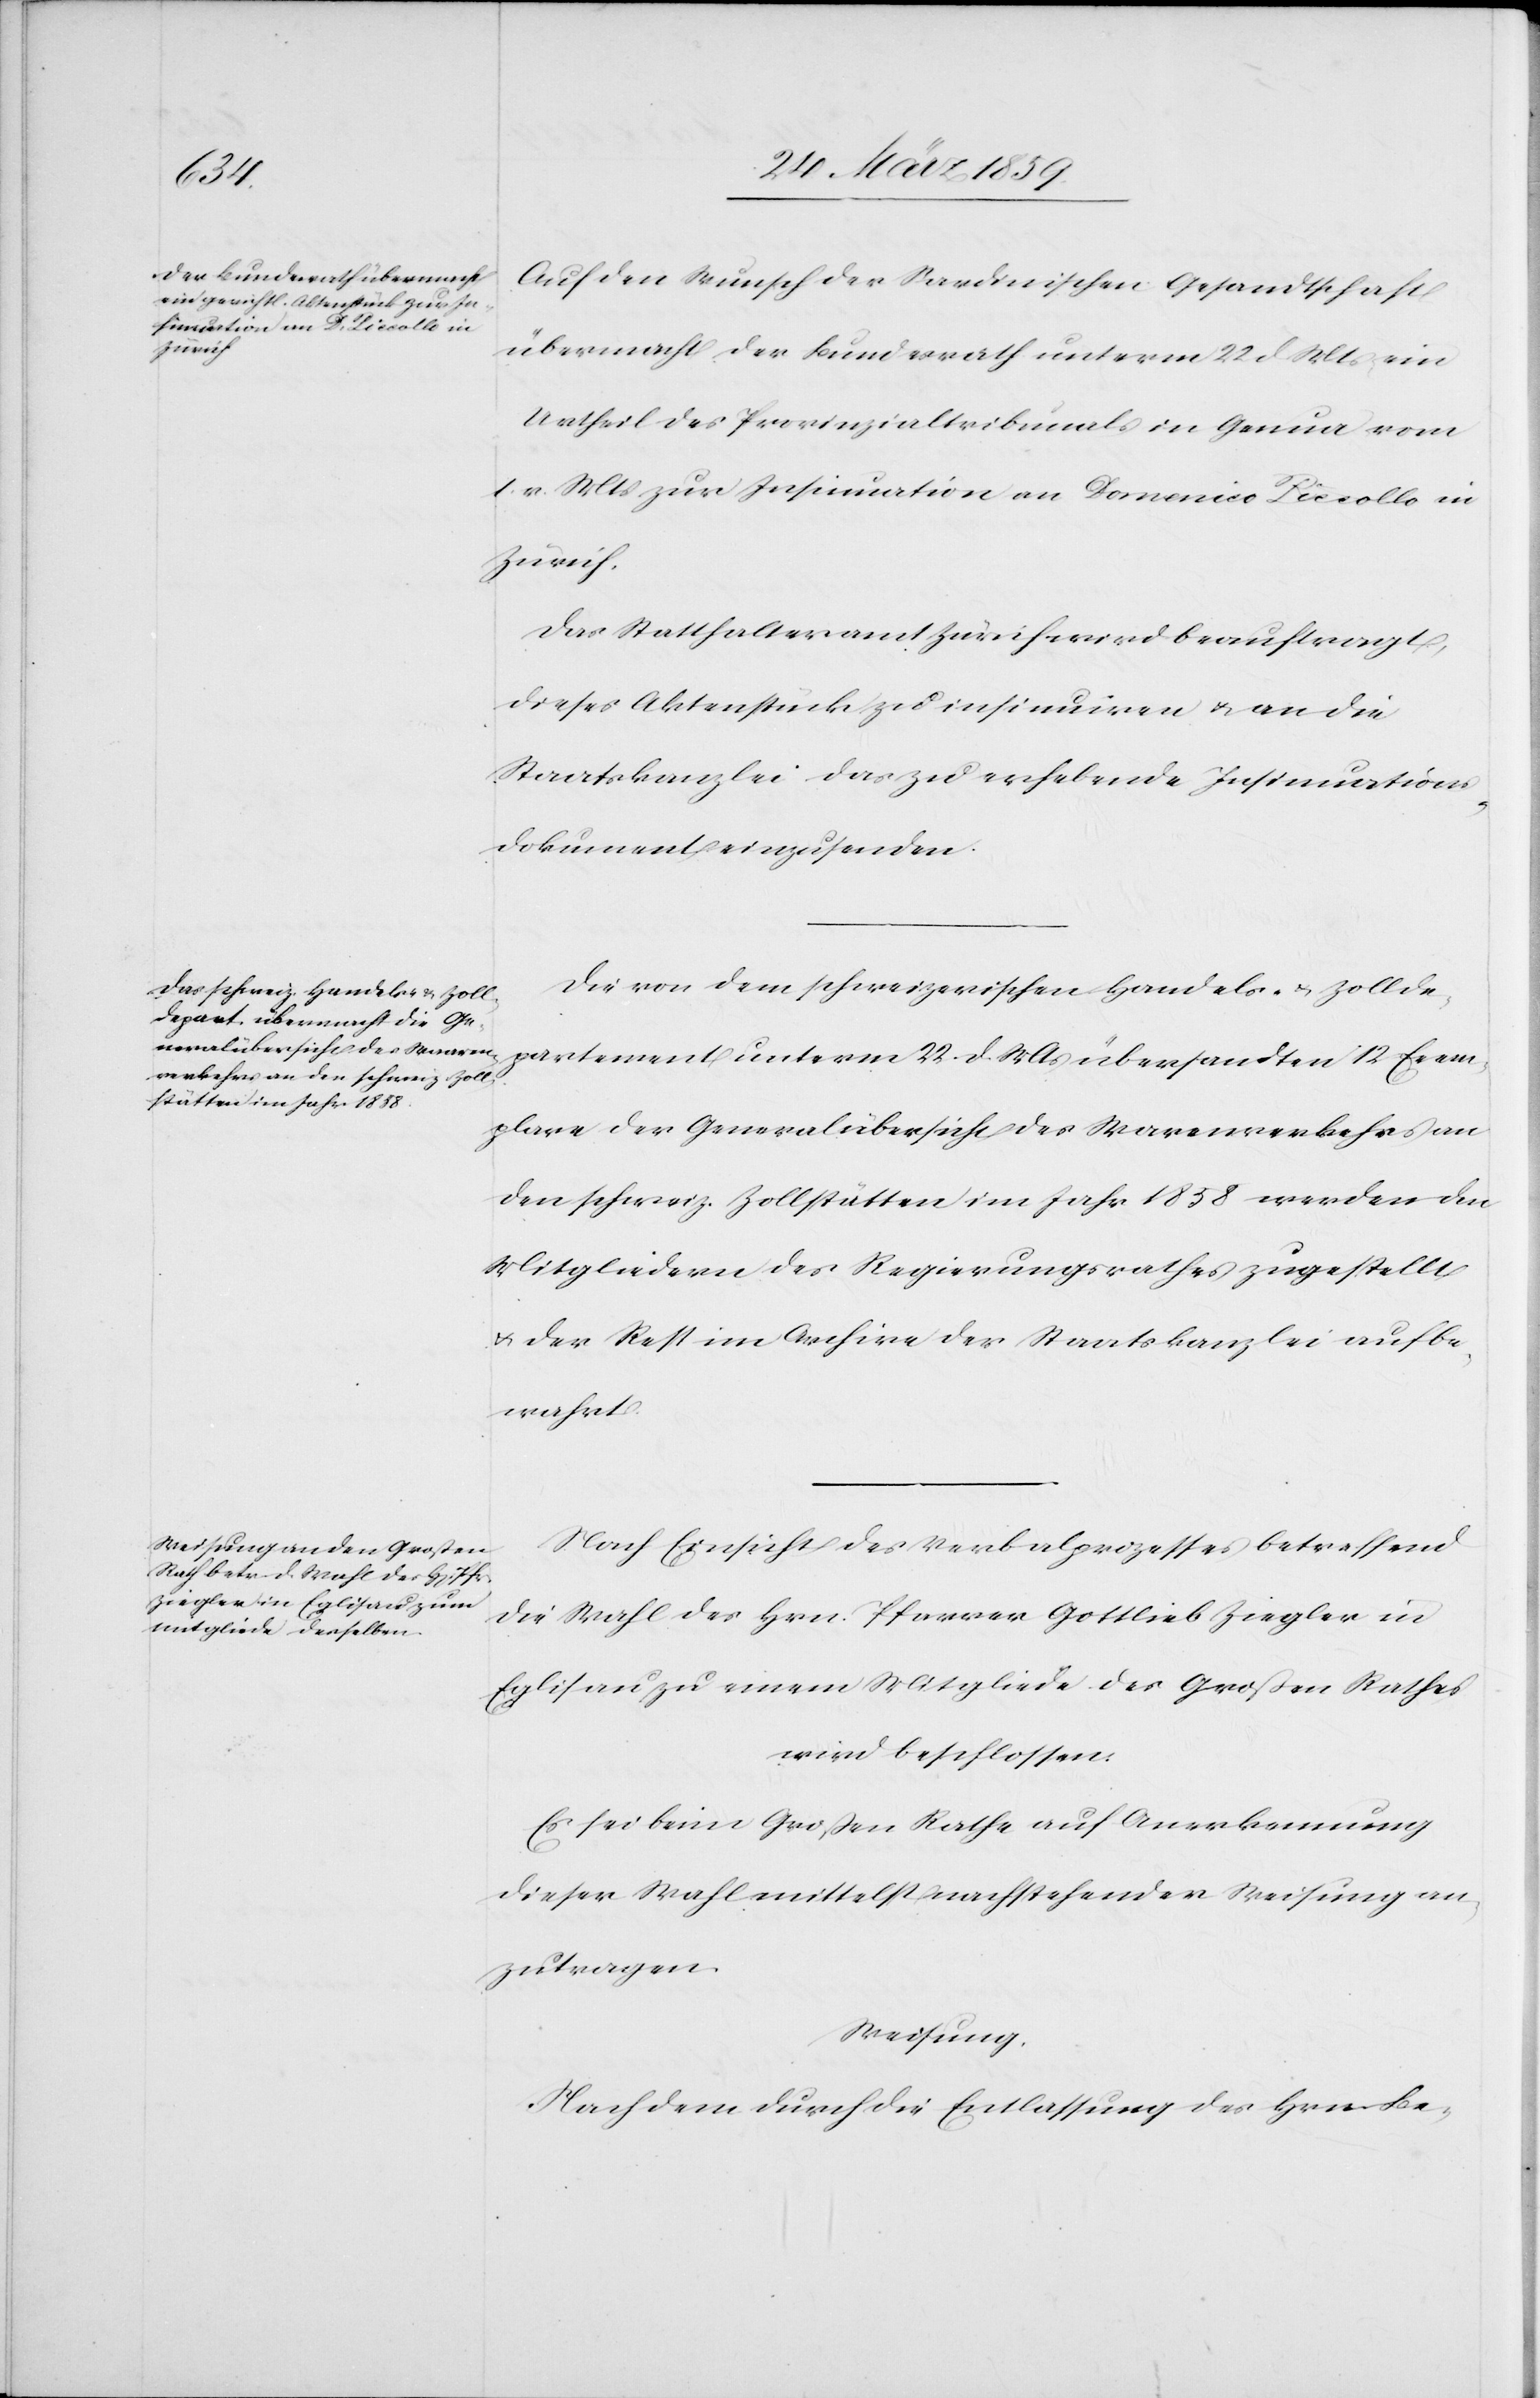
Exem¬
Auf den Wunsch der Sardinischen Gesandtschaft
übermacht der Bundesrath unterm 22 d Mts ein
Urtheil des Provinzialtribunals in Genua vom
1. v. Mts zur Insinuation an Domenico Piccollo in
Zürich.
Das Statthalteramt Zürich wird beauftragt,
dieses Aktenstück zu insinuiren u. an die
Staatskanzlei das zu erhebende Insinuations¬
dokument einzusenden.
Die von dem schweizerischen Handels- u. Zollde¬
plare der Generalübersicht des Warenverkehrs an
den schweiz. Zollstätten im Jahr 1858 werden den
Mitgliedern des Regierungsrathes zugestellt
u. der Rest im Archive der Staatskanzlei aufbe¬
wahrt.
Nach Einsicht des Verbalprozesses betreffend
die Wahl des Hrn. Pfarrer Gottlieb Ziegler in
Eglisau zu einem Mitgliede des Großen Rathes
wird beschlossen:
Es sei beim Großen Rathe auf Anerkennung
dieser Wahl mittelst nachstehender Weisung an¬
zutragen.
Weisung.
Nach dem durch die Entlassung des Hrn. Be-